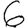
Digit: 6